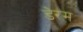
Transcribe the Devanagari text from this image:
डेरम